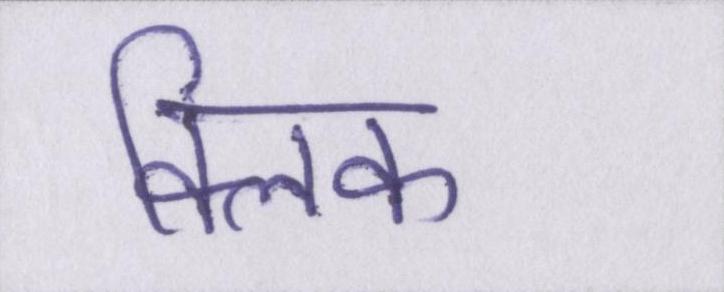
क्लिक